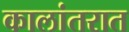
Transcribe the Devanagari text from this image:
कालांतरात